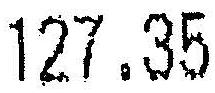
127.35